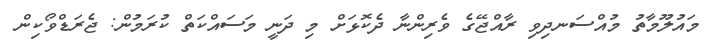
މައުލޫމާތު މުއްސަނދިވި ރާއްޖޭގެ ވެރިންނާ ދެކޮޅަށް މި ދަނީ މަސައްކަތް ކުރަމުން: ޖެރަޑްވޯކިން